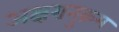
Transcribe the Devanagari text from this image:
अक्षरानुक्रम